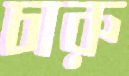
চারু